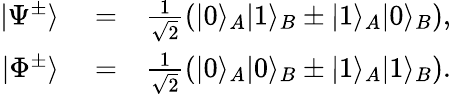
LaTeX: \begin{array}{rlr}{|\Psi^{\pm}\rangle}&{{}=}&{\frac{1}{\sqrt{2}}\left(|0\rangle_{A}|1\rangle_{B}\pm|1\rangle_{A}|0\rangle_{B}\right),}\\ {|\Phi^{\pm}\rangle}&{{}=}&{\frac{1}{\sqrt{2}}\left(|0\rangle_{A}|0\rangle_{B}\pm|1\rangle_{A}|1\rangle_{B}\right).}\end{array}